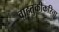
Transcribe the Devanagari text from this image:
वाहतुकीकरिता